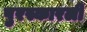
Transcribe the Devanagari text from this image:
पुरस्कारली